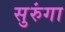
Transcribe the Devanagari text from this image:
सुरुंगा